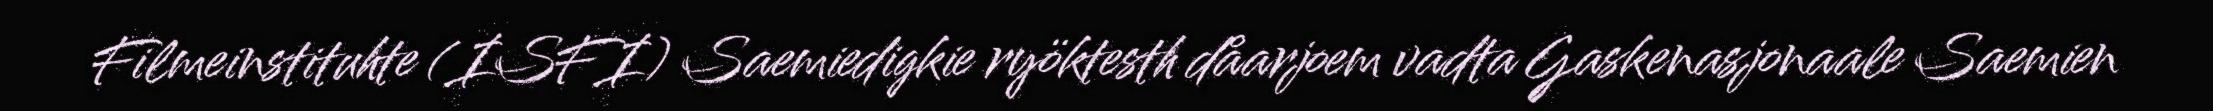
Filmeinstituhte (ISFI) Saemiedigkie ryöktesth dåarjoem vadta Gaskenasjonaale Saemien